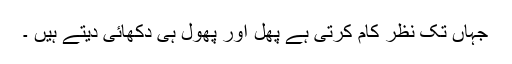
جہاں تک نظر کام کرتی ہے پھل اور پھول ہی دکھائی دیتے ہیں ۔